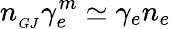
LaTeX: n_{_{GJ}}\gamma_{e}^{m}\simeq\gamma_{e}n_{e}